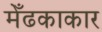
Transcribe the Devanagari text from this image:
मेँढकाकार